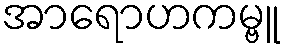
အာရောဟကမ္ဗူ